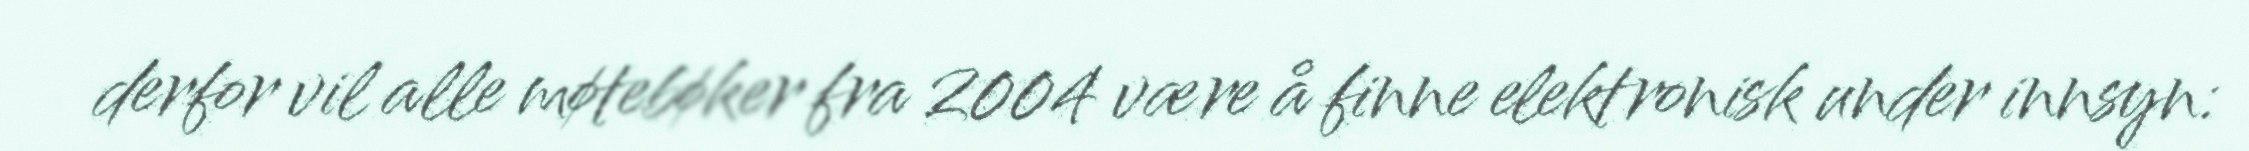
derfor vil alle møtebøker fra 2004 være å finne elektronisk under innsyn: